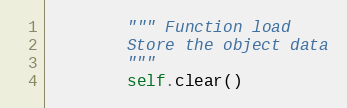
Language: Python
        """ Function load
        Store the object data
        """
        self.clear()